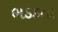
ભડકતા